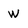
Character: W